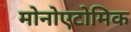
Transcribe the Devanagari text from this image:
मोनोएटोमिक